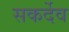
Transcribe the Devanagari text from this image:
सकर्देव